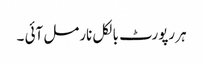
ہر رپورٹ بالکل نارمل آئی ۔